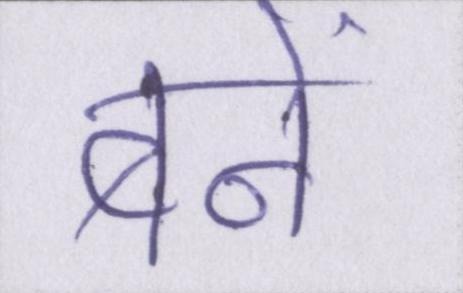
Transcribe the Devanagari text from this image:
बनें